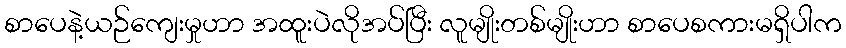
စာပေနဲ့ယဉ်ကျေးမှုဟာ အထူးပဲလိုအပ်ပြီး လူမျိုးတစ်မျိုးဟာ စာပေစကားမရှိပါက